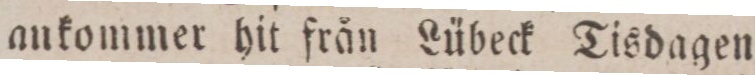
ankommer hit från Lübeck Tisdagen